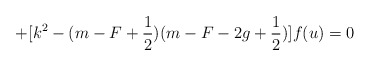
\begin{align*}+[k^2-(m-F+\frac 12)(m-F-2g+\frac 12)]f(u)=0\end{align*}